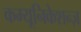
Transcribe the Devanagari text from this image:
कम्यूनिकेशन्ज़